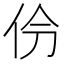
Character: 𫢕